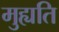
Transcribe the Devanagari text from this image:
मुह्यति